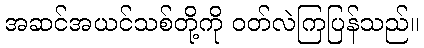
အဆင်အယင်သစ်တို့ကို ဝတ်လဲကြပြန်သည်။